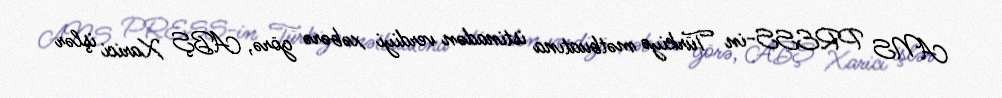
ANS PRESS-in Türkiyə mətbuatına istinadən verdiyi xəbərə görə, ABŞ Xarici işlər